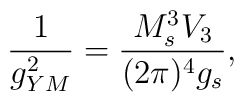
\frac{1}{g_{YM}^2} = \frac{ M_s^3 V_3}{(2 \pi)^4 g_s},